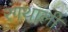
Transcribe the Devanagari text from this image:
रंगथाली